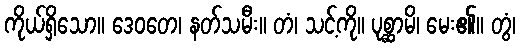
ကိုယ်ရှိသော။ ဒေဝတေ၊ နတ်သမီး။ တံ၊ သင့်ကို။ ပုစ္ဆာမိ၊ မေး၏။ တွံ၊